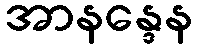
အာနန္ဒေန